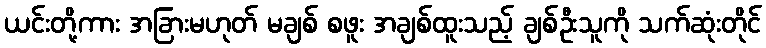
ယင်းတို့ကား အခြားမဟုတ် မချစ် စဖူး အချစ်ထူးသည့် ချစ်ဦးသူကို သက်ဆုံးတိုင်